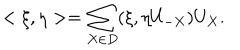
< \xi , \eta > = \sum _ { X \in D } ( \xi , \eta U _ { - X } ) U _ { X } .